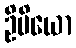
ဦမိယော